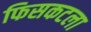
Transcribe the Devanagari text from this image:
फिसकटला